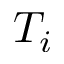
T _ { i }